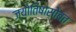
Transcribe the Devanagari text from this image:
ज्योतिषासोबत